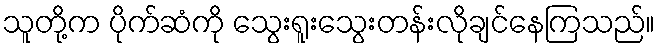
သူတို့က ပိုက်ဆံကို သွေးရူးသွေးတန်းလိုချင်နေကြသည်။